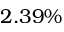
2 . 3 9 \%